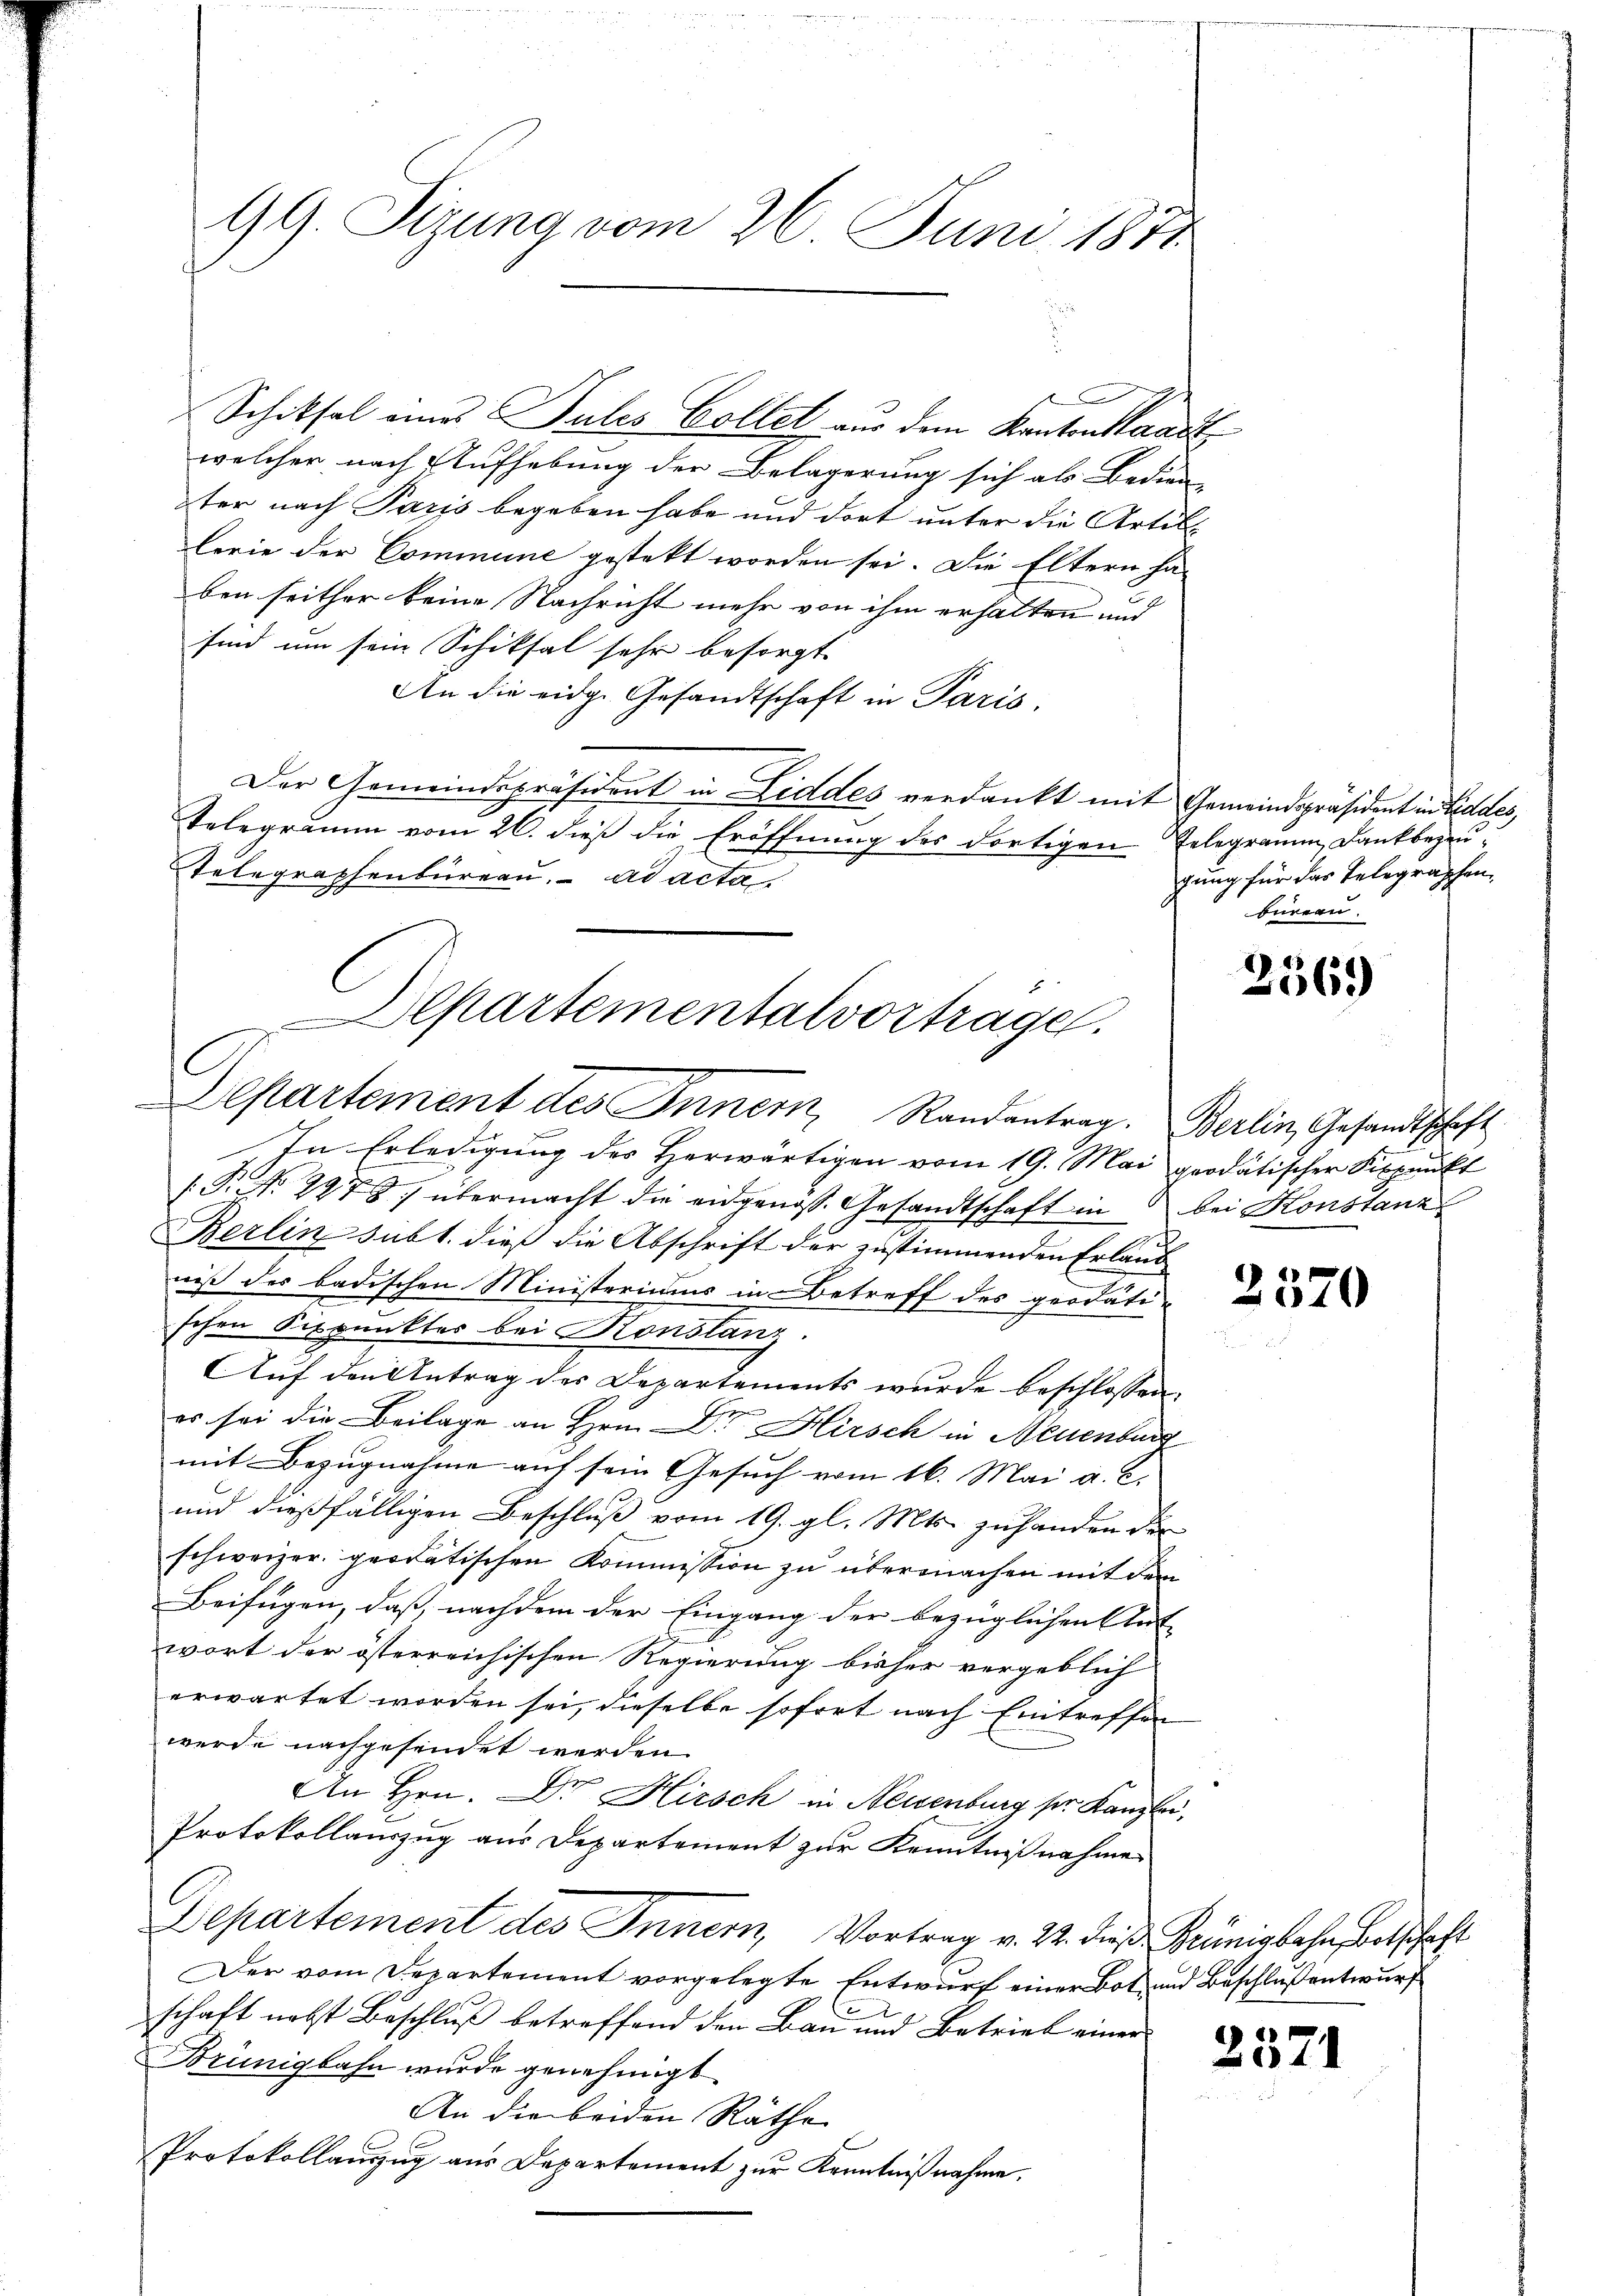
99. Sizung vom 26. Juni 1874

Schiksal eines Pules Collet aus dem Kantonstand
welcher, nach Aufhebung der Belagerung sich als Bedien-
ter nach Paris begeben habe und dort unter die Artilllerie der Commune gestekt worden sei. Die Eltern ha
ben seither keine Nachricht mehr von ihm erhalten und
sind um sein Schiksal sehr besorgt.
An die eidg. Gesandtschaft in Paris,
Der Gemeindspräsident in Liddes verdankt mit Gemeindspräsident in Grades,
Telegramm vom 26. dieß die Eröffnung des dortigen Telegramm Dankbezeu¬
Telegraphenbüreaŭ. ad acta.
lsartementalvortrage.

Departement des Innern Randantrag. Berlin, Gesandtschaft

In Erledigung des Herwärtigen vom 19. Mai geodatischer Fixpunkt
( P. No 297 8) übermacht die eidgenös. Gesandtschaft in 3 bei Konstanz
Berlin subt. dieß die Abschrift der zustimmenden Erlaub
niß der badischen Ministeriums in Betreff des geodati
schen Fixpunktes bei Konslanz.
Auf den Antrag des Departements wurde beschlossen:
es sei die Beilage an Hrn. Dr Hirsch in Neuenburg
mit Bezugnahme auf sein Gesuch vom 16. Mai a. c.
und dießfälligen Beschluß vom 19. gl. Mts. zuhanden der
schweizer georatischen Kommission zu übermachen mit dem
Beifügen, daß, nachdem der Eingang der bezüglichen Ant-
wort der österreichischen Regierung bisher vergeblich
erwartet worden sei, dieselbe sofort nach Eintreffen
wurde nachgesendet werden.
An Hrn. Dr Hirsch in Neuenburg sie Kanzlei,
Protokollauszug aus Departement zur Kenntnißnahme
Departement des Innern, Vortrag v. 22. dieβ Keünigbahn Betschaft
Der vom Departement vorgelegte Entwurf einer Bot und Beschluß entwurf
schaft nebst Beschluß betreffend den Bau und Betrieb einer
Brünigbahn wurde genehmigt
An die beiden Räthe
Protokollauszug aus Departement zur Kenntnißnahme.

gung für das Telegraphen,
büreau.

2569)

2371